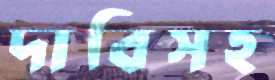
দাবিসহ